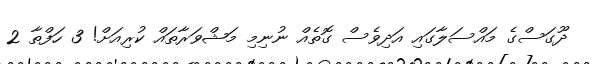
ދޫގަސްގެ މައްސަލާގައި އަދިވެސް ގޮތެއް ނުނިމި މަޝްވަރާތައް ކުރިއަށް! 3 ހަފްތާ 2